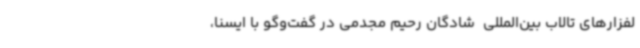
لفزارهای تالاب بین‌المللی  شادگان رحیم مجدمی در گفت‌وگو با ایسنا،